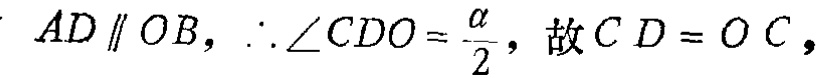
$AD \parallel OB,\therefore\angle CDO = \frac{\alpha}{2},\text{故}CD = OC,$